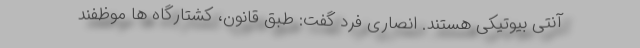
آنتی بیوتیکی هستند. انصاری فرد گفت: طبق قانون، کشتارگاه ها موظفند